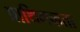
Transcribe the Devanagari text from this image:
प्राथिमकता